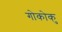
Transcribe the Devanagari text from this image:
गोकोकु